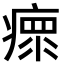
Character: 瘝